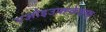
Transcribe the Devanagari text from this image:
एओइउफ्ह्केझ्फ्